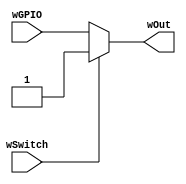
`timescale 1ns / 1ps
//////////////////////////////////////////////////////////////////////////////////
// Company: 
// Engineer:
// 
// Design Name: 
// Module Name: SwitchSelect
// Project Name: 
// Target Devices: 
// Tool Versions: 
// Description: 
// 
// Dependencies: 
// 
// Revision:
// Revision 0.01 - File Created
// Additional Comments:
// 
//////////////////////////////////////////////////////////////////////////////////


module SwitchSelect(
        input wire wGPIO, wSwitch,
        output wire wOut
    );
    
    reg rOut;
    always @(*)
    begin
    
    if(wSwitch == 1)
    begin
        rOut = wSwitch;
    end
    else
    begin
        rOut = wGPIO;
    end
    end
    
    assign wOut = rOut;
endmodule